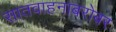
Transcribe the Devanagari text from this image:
सातवाहनाबरोबर